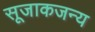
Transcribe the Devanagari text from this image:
सूजाकजन्य